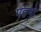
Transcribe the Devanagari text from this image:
पहनो